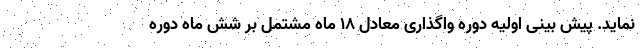
نماید. پیش بینی اولیه دوره واگذاری معادل ۱۸ ماه مشتمل بر شش ماه دوره